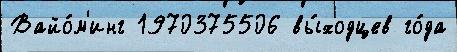
Вайо́м'инг 1970375506 вы́ходцев го́да